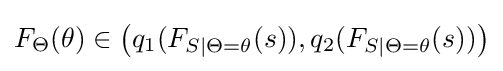
F_{\Theta }(\theta )\in \left(q_{1}(F_{S|\Theta =\theta }(s)),q_{2}(F_{S|\Theta =\theta }(s))\right)